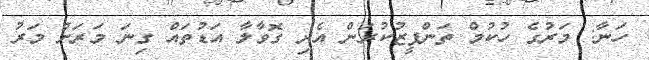
ހަނާ: މަރުގެ ހުކުމް ތަންފީޒުކުރަން އެދި ގޮވާލާ އަޑުތައް ގިނަ މަރަށް މަރު